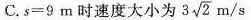
C.$$s = 9 m$$时速度大小为3 \sqrt{2}m/s